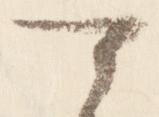
可